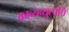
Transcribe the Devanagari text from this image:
काव्यव्युत्पत्ति